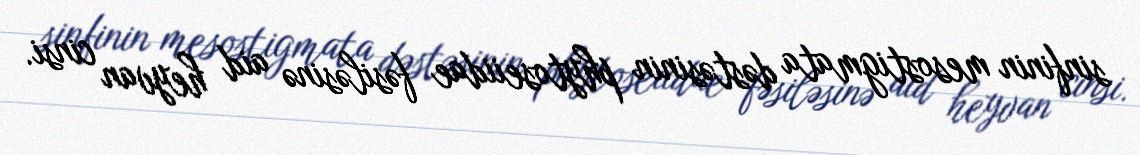
sinfinin mesostigmata dəstəsinin phytoseiidae fəsiləsinə aid heyvan cinsi.